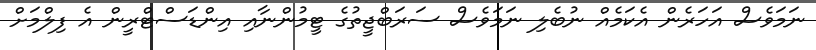
ނަމަވެސް އަހަރެން އެކަމެއް ނުބެލި ނަމަވެސް ސަރަބްޖީތުގެ ޓީމުންނާއި އިންޑަސްޓްރީން އެ ފިލްމަށް